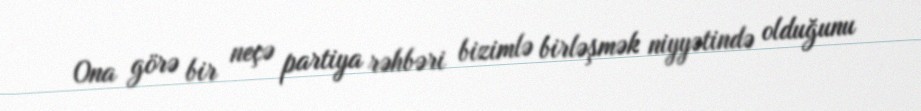
Ona görə bir neçə partiya rəhbəri bizimlə birləşmək niyyətində olduğunu